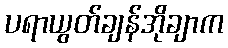
ပရာယွတ်ချန်အိုချာက